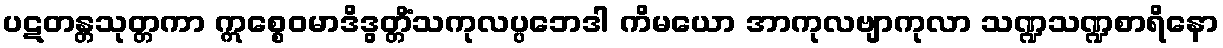
ပဋတန္တသုတ္တကာ ဣစ္စေဝမာဒိဒွတ္တိံသကုလပ္ပဘေဒါ ကိမယော အာကုလဗျာကုလာ သဏ္ဍသဏ္ဍစာရိနော